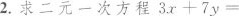
2.求二元一次方程$$3 x + 7 y =